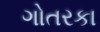
ગોતરકા